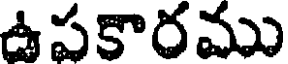
ఉపకారము